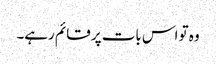
وہ تو اس بات پر قائم رہے۔